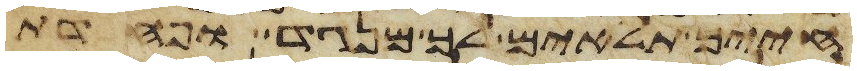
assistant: חייך תלאים לך מנגד ופחדת